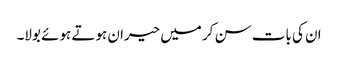
ان کی بات سن کر میں حیران ہوتے ہوئے بولا۔